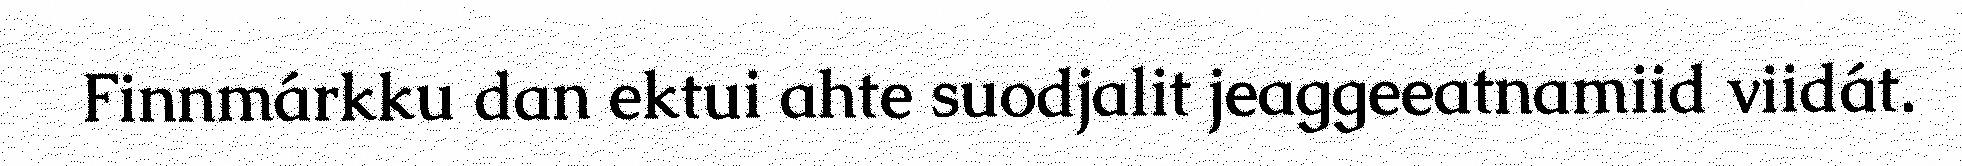
Finnmárkku dan ektui ahte suodjalit jeaggeeatnamiid viidát.